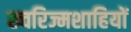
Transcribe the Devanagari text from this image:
ख्वरिज्मशाहियों